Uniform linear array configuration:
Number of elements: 4
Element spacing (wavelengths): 1
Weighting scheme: cosine
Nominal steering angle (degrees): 30
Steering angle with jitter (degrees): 31.104
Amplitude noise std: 0.05
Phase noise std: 0.05

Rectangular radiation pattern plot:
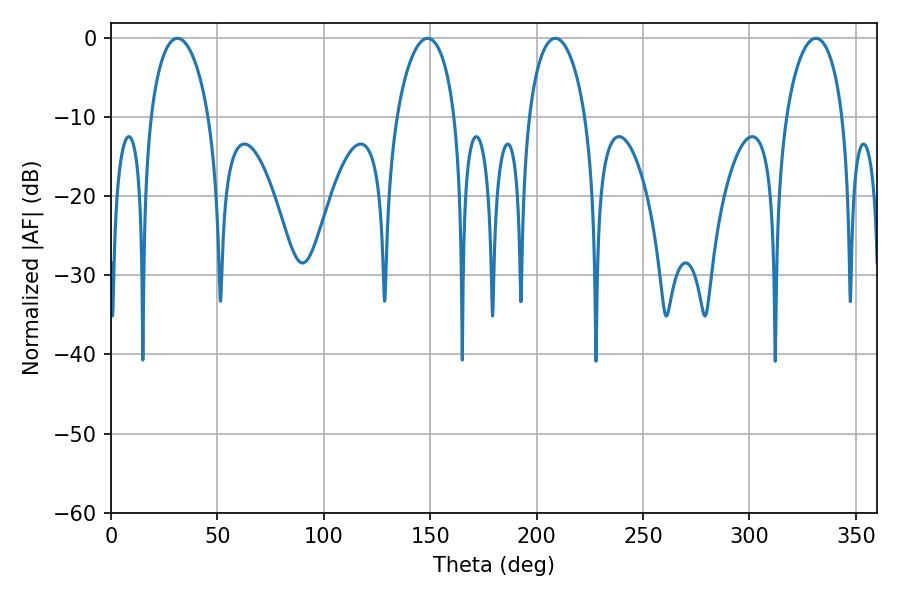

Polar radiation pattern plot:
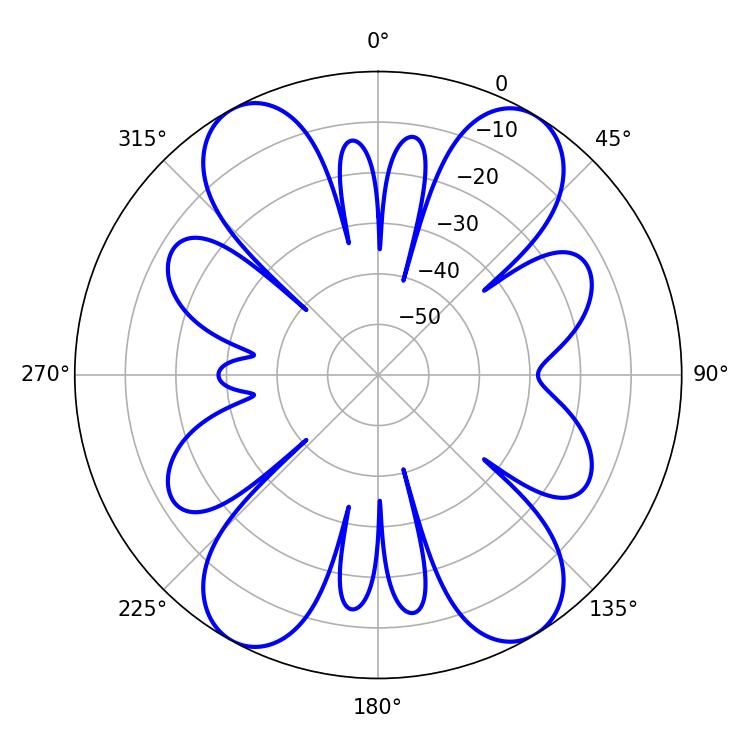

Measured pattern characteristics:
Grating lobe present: TRUE
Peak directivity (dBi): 18.509
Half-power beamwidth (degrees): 15.3
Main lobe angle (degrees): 208.8